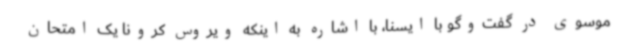
موسوی در گفت‌وگو با ایسنا، با اشاره به اینکه ویروس کرونا یک امتحان